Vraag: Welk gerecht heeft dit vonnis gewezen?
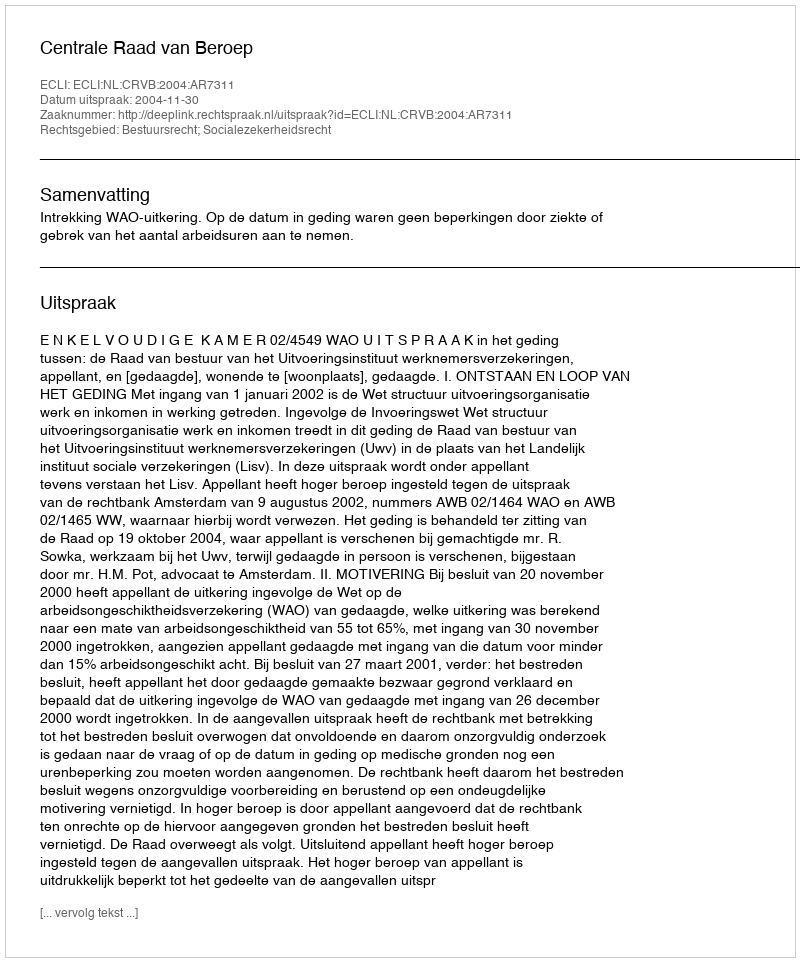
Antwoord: Centrale Raad van Beroep